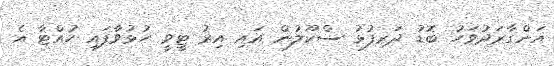
އަންގާރަދުވަހު ބޮޑު ދަރިފުޅު ސްކޫލުން އައި އިރު ޓީވީ ހުޅުވާފައި ހުއްޓާ އެ